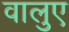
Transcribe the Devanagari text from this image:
वालुए